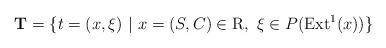
LaTeX: \begin{align*}\mathbf{T}=\{t=(x,\xi)\ |\ x=(S,C)\in\mathrm{R},\ \xi\in P(\mathrm{Ext}^1(x))\}\end{align*}